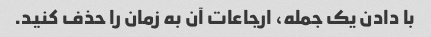
با دادن یک جمله، ارجاعات آن به زمان را حذف کنید.